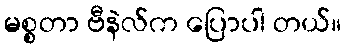
မစ္စတာ ဗီနဲလ်က ပြောပါ တယ်။